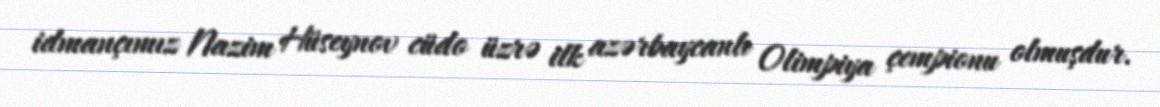
idmançımız Nazim Hüseynov cüdo üzrə ilk azərbaycanlı Olimpiya çempionu olmuşdur.